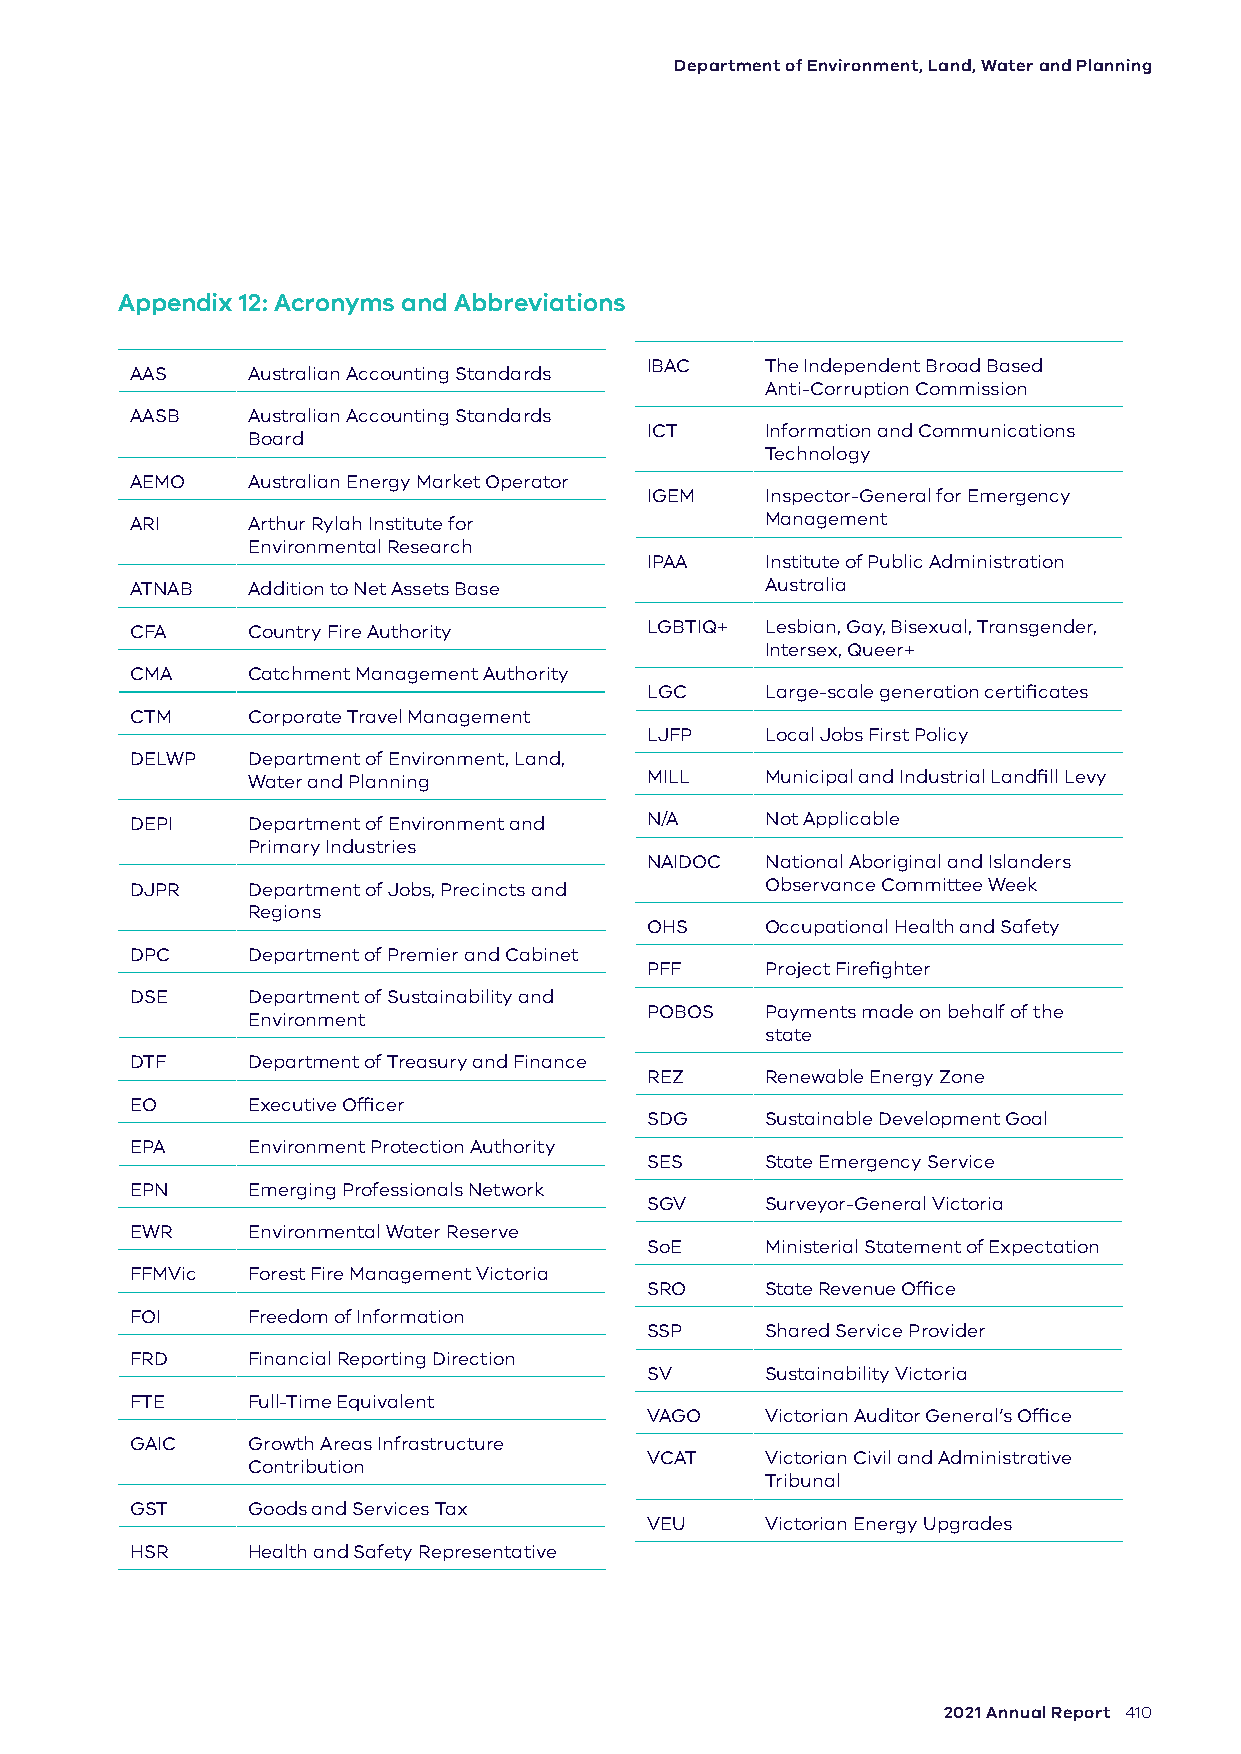
Department of Environment, Land, Water and Planning
 Appendix 12: Acronyms and Abbreviations
 IBAC    The Independent Broad Based
 AAS    Australian Accounting Standards
 Anti-Corruption Commission
 AASB   Australian Accounting Standards
 ICT     Information and Communications
 Board
 Technology
 AEMO   Australian Energy Market Operator
 IGEM    Inspector-General for Emergency
 ARI    Arthur Rylah Institute for         Management
 Environmental Research
 IPAA    Institute of Public Administration
 ATNAB  Addition to Net Assets Base        Australia
 CFA    Country Fire Authority     LGBTIQ+ Lesbian, Gay, Bisexual, Transgender,
 Intersex, Queer+
 CMA    Catchment Management Authority
 LGC     Large-scale generation certificates
 CTM    Corporate Travel Management
 LJFP    Local Jobs First Policy
 DELWP  Department of Environment, Land,
 Water and Planning         MILL    Municipal and Industrial Landfill Levy
 DEPI   Department of Environment and N/A  Not Applicable
 Primary Industries
 NAIDOC  National Aboriginal and Islanders
 DJPR   Department of Jobs, Precincts and  Observance Committee Week
 Regions
 OHS     Occupational Health and Safety
 DPC    Department of Premier and Cabinet
 PFF     Project Firefighter
 DSE    Department of Sustainability and
 POBOS   Payments made on behalf of the
 Environment
 state
 DTF    Department of Treasury and Finance
 REZ     Renewable Energy Zone
 EO     Executive Officer
 SDG     Sustainable Development Goal
 EPA    Environment Protection Authority
 SES     State Emergency Service
 EPN    Emerging Professionals Network
 SGV     Surveyor-General Victoria
 EWR    Environmental Water Reserve
 SoE     Ministerial Statement of Expectation
 FFMVic Forest Fire Management Victoria
 SRO     State Revenue Office
 FOI    Freedom of Information
 SSP     Shared Service Provider
 FRD    Financial Reporting Direction
 SV      Sustainability Victoria
 FTE    Full-Time Equivalent
 VAGO    Victorian Auditor General’s Office
 GAIC   Growth Areas Infrastructure
 VCAT    Victorian Civil and Administrative
 Contribution
 Tribunal
 GST    Goods and Services Tax
 VEU     Victorian Energy Upgrades
 HSR    Health and Safety Representative
 2021 Annual Report 410